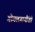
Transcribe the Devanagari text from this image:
गोगलगायींशी